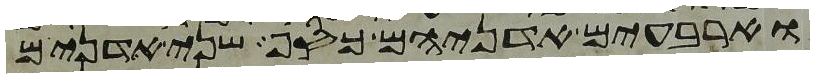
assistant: וארבעים אדניהם כסף שני אדנים